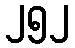
၂၅၂